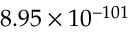
8 . 9 5 \times 1 0 ^ { - 1 0 1 }